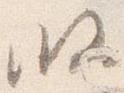
段